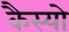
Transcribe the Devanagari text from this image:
कैस्‍यो